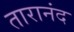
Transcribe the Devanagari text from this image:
तारानंद